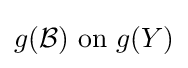
g({\mathcal {B}}){\text{ on }}g(Y)